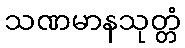
သဏမာနသုတ္တံ